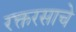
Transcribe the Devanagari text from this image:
रक्तरसाचे